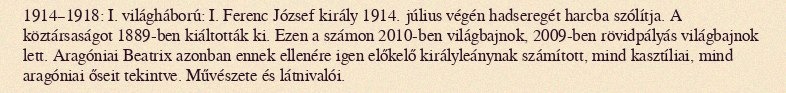
1914–1918: I. világháború: I. Ferenc József király 1914. július végén hadseregét harcba szólítja. A köztársaságot 1889-ben kiáltották ki. Ezen a számon 2010-ben világbajnok, 2009-ben rövidpályás világbajnok lett. Aragóniai Beatrix azonban ennek ellenére igen előkelő királyleánynak számított, mind kasztíliai, mind aragóniai őseit tekintve. Művészete és látnivalói.